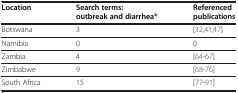
<table><thead><tr><td rowspan="2"><b>Location</b></td><td><b>Search terms:</b></td><td rowspan="2"><b>Referenced publications</b></td></tr><tr><td><b>outbreak and diarrhea*</b></td></tr></thead><tbody><tr><td>Botswana</td><td>3</td><td>[32,41,47]</td></tr><tr><td>Namibia</td><td>0</td><td>0</td></tr><tr><td>Zambia</td><td>4</td><td>[64-67]</td></tr><tr><td>Zimbabwe</td><td>9</td><td>[68-76]</td></tr><tr><td>South Africa</td><td>15</td><td>[77-91]</td></tr></tbody></table>